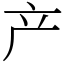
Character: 产